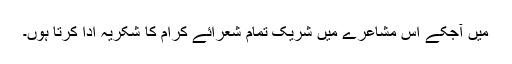
میں آجکے اس مشاعرے میں شریک تمام شعرائے کرام کا شکریہ ادا کرتا ہوں۔